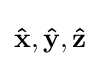
\mathbf {\hat {x}} ,\mathbf {\hat {y}} ,\mathbf {\hat {z}}